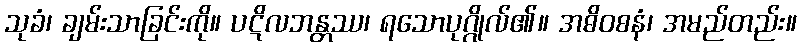
သုခံ၊ ချမ်းသာခြင်းကို။ ပဋိလဘန္တဿ၊ ရသောပုဂ္ဂိုလ်၏။ အဓိဝစနံ၊ အမည်တည်း။